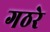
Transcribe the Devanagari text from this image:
गठरे